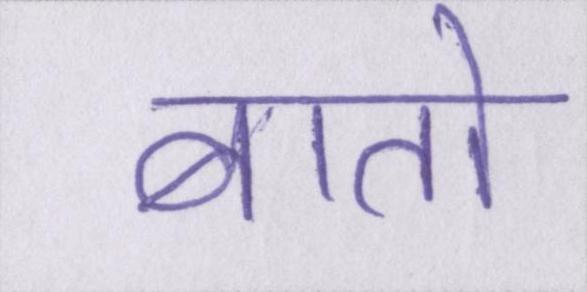
बातो